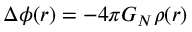
\Delta \phi ( r ) = - 4 \pi G _ { N } \rho ( r ) \; \; \;